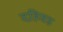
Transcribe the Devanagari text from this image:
दहिवड